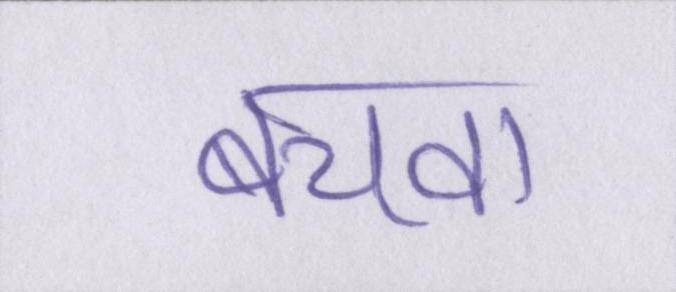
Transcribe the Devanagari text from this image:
बचवा